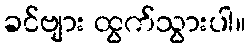
ခင်ဗျား ထွက်သွားပါ။